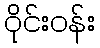
ဝိုင်းဝန်း